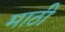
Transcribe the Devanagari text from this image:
माठी